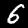
Label: 6